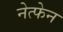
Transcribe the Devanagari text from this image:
नेत्फेन